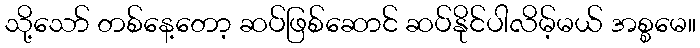
သို့သော် တစ်နေ့တော့ ဆပ်ဖြစ်ဆောင် ဆပ်နိုင်ပါလိမ့်မယ် အစ္စမေ။